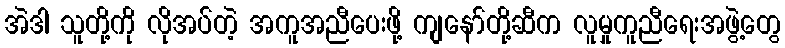
အဲဒါ သူတို့ကို လိုအပ်တဲ့ အကူအညီပေးဖို့ ကျနော်တို့ဆီက လူမှုကူညီရေးအဖွဲ့တွေ